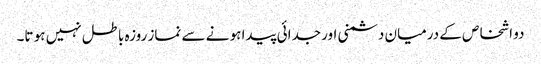
دو اشخاص کے درمیان دشمنی اور جدائی پیدا ہو نے سے نماز روزہ باطل نہیں ہو تا۔